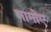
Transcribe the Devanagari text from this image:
मामोए